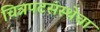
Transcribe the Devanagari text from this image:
चित्रपटसंस्थेचा